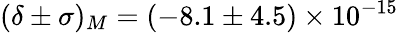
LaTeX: (\delta\pm\sigma)_{M}=(-8.1\pm 4.5)\times 10^{-15}